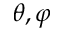
\theta , \varphi